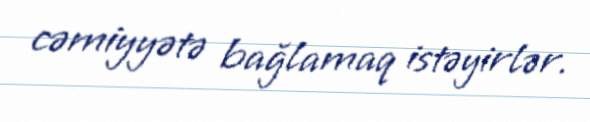
cəmiyyətə bağlamaq istəyirlər.